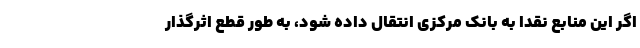
اگر این منابع نقدا به بانک مرکزی انتقال داده شود، به طور قطع اثرگذار